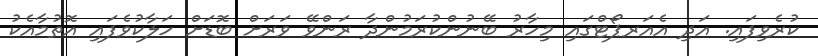
ކުރެވިފައި. އަދި އެއަރޕޯޓްގައި މިހާރު ބޭނުންކުރަމުންދާ ރަންވޭ ވަރަށް ބޮޑަށް ހަލާކުވެފައި އޮތުމާއެކު